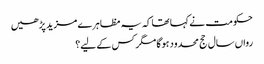
حکومت نے کہا تھا کہ یہ مظاہرے مزید پڑھیں
رواں سال حج محدود ہوگا مگر کس کے لیے؟